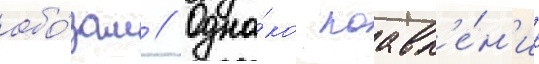
обо́зам // Одна́ко поавл'е́н'ие